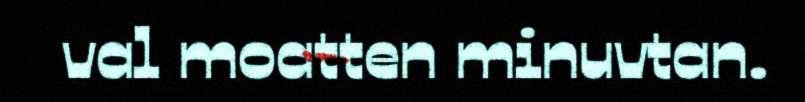
val moatten minuvtan.